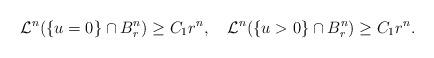
LaTeX: \begin{align*}\mathcal{L}^n(\{u=0\}\cap B_r^n)\geq C_1r^n,\,\,\,\,\,\,\mathcal{L}^n(\{u>0\}\cap B_r^n)\geq C_1r^n.\end{align*}